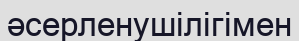
әсерленушілігімен